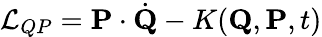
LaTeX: {\mathcal{L}}_{QP}=\mathbf{P}\cdot{\dot{\mathbf{Q}}}-K(\mathbf{Q},\mathbf{P},t)